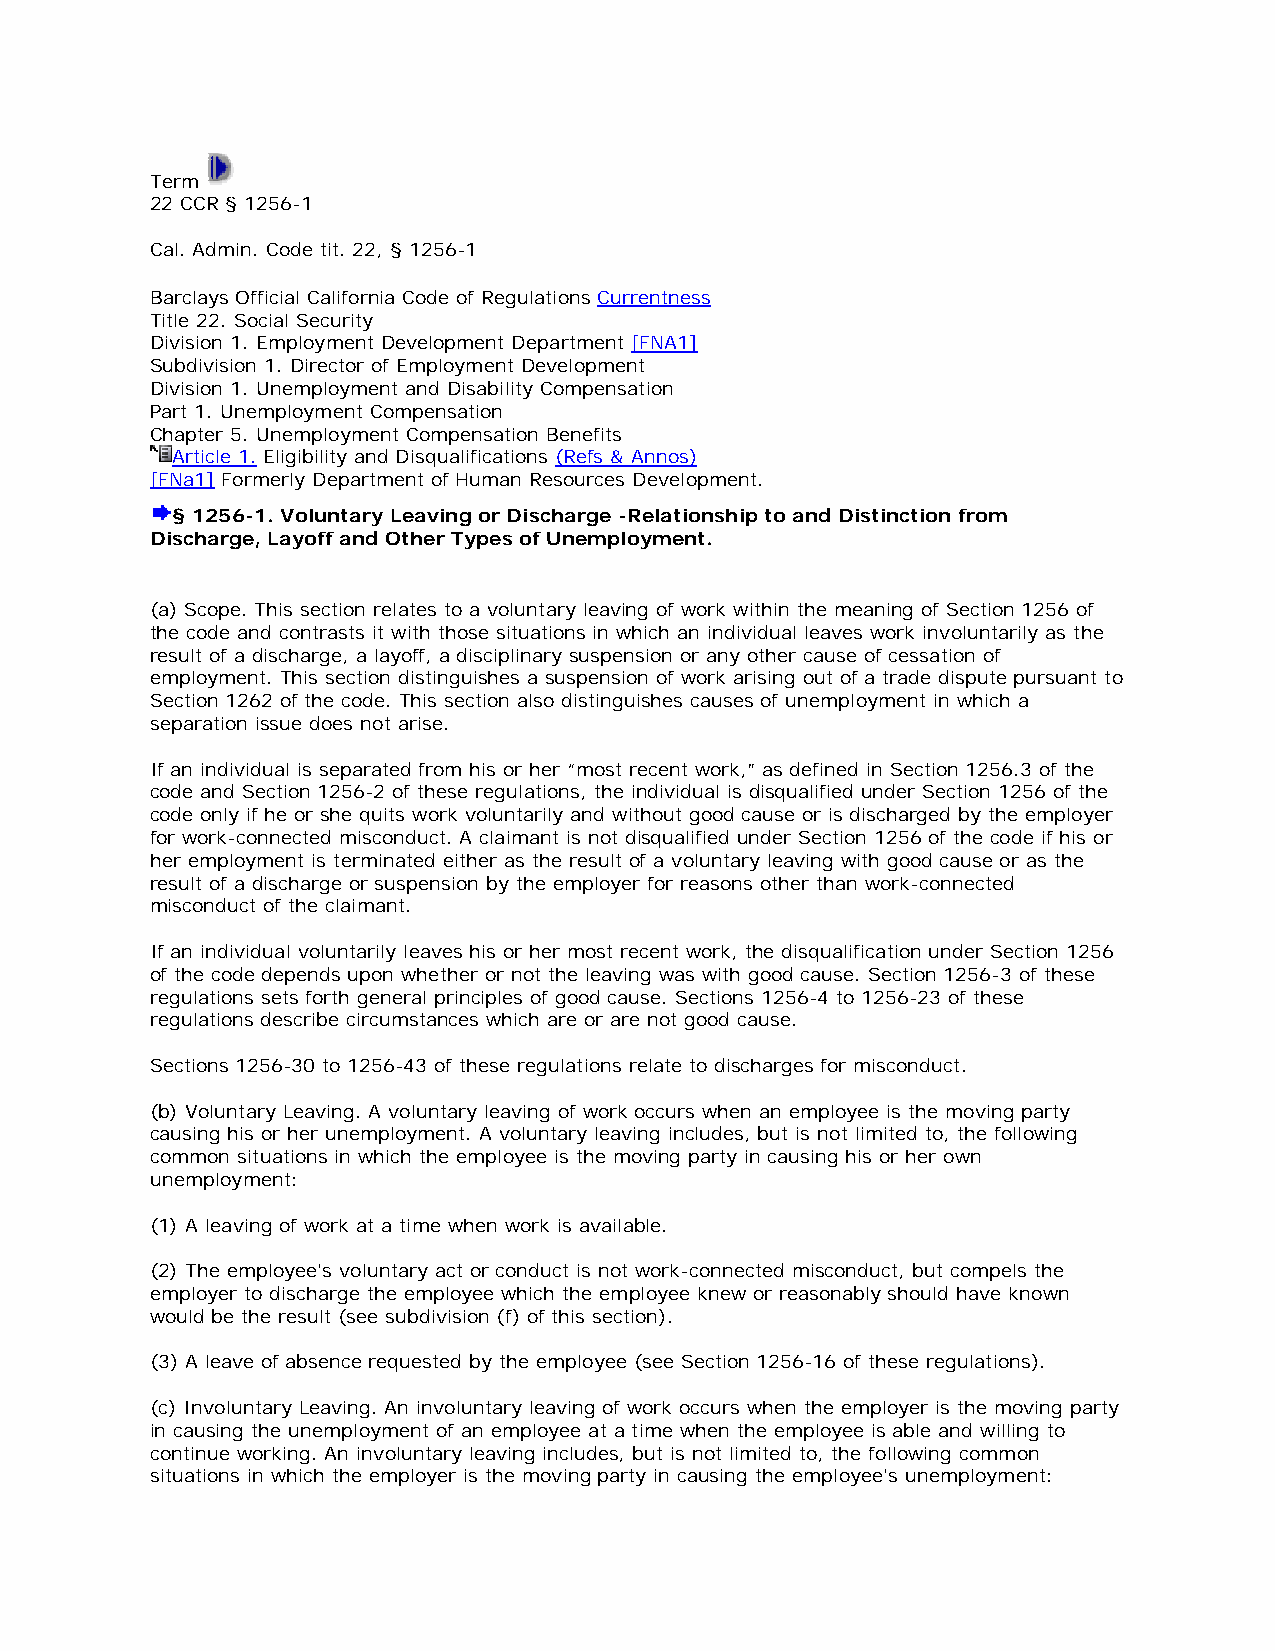
Term
 22 CCR § 1256-1
 Cal. Admin. Code tit. 22, § 1256-1
 Barclays Official California Code of Regulations Currentness
 Title 22. Social Security
 Division 1. Employment Development Department [FNA1]
 Subdivision 1. Director of Employment Development
 Division 1. Unemployment and Disability Compensation
 Part 1. Unemployment Compensation
 Chapter 5. Unemployment Compensation Benefits
 Article 1. Eligibility and Disqualifications (Refs & Annos)
 [FNa1] Formerly Department of Human Resources Development.
 § 1256-1. Voluntary Leaving or Discharge -Relationship to and Distinction from
 Discharge, Layoff and Other Types of Unemployment.
 (a) Scope. This section relates to a voluntary leaving of work within the meaning of Section 1256 of
 the code and contrasts it with those situations in which an individual leaves work involuntarily as the
 result of a discharge, a layoff, a disciplinary suspension or any other cause of cessation of
 employment. This section distinguishes a suspension of work arising out of a trade dispute pursuant to
 Section 1262 of the code. This section also distinguishes causes of unemployment in which a
 separation issue does not arise.
 If an individual is separated from his or her “most recent work,” as defined in Section 1256.3 of the
 code and Section 1256-2 of these regulations, the individual is disqualified under Section 1256 of the
 code only if he or she quits work voluntarily and without good cause or is discharged by the employer
 for work-connected misconduct. A claimant is not disqualified under Section 1256 of the code if his or
 her employment is terminated either as the result of a voluntary leaving with good cause or as the
 result of a discharge or suspension by the employer for reasons other than work-connected
 misconduct of the claimant.
 If an individual voluntarily leaves his or her most recent work, the disqualification under Section 1256
 of the code depends upon whether or not the leaving was with good cause. Section 1256-3 of these
 regulations sets forth general principles of good cause. Sections 1256-4 to 1256-23 of these
 regulations describe circumstances which are or are not good cause.
 Sections 1256-30 to 1256-43 of these regulations relate to discharges for misconduct.
 (b) Voluntary Leaving. A voluntary leaving of work occurs when an employee is the moving party
 causing his or her unemployment. A voluntary leaving includes, but is not limited to, the following
 common situations in which the employee is the moving party in causing his or her own
 unemployment:
 (1) A leaving of work at a time when work is available.
 (2) The employee's voluntary act or conduct is not work-connected misconduct, but compels the
 employer to discharge the employee which the employee knew or reasonably should have known
 would be the result (see subdivision (f) of this section).
 (3) A leave of absence requested by the employee (see Section 1256-16 of these regulations).
 (c) Involuntary Leaving. An involuntary leaving of work occurs when the employer is the moving party
 in causing the unemployment of an employee at a time when the employee is able and willing to
 continue working. An involuntary leaving includes, but is not limited to, the following common
 situations in which the employer is the moving party in causing the employee's unemployment: